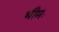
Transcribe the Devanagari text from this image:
भीमः